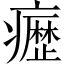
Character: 𭼰